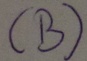
Text: (B)